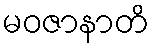
မဝဇာနာတိ